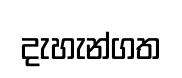
දැහැන්ගත